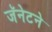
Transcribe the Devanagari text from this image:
जॅनेटने